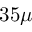
3 5 \mu